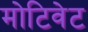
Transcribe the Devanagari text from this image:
मोटिवेट